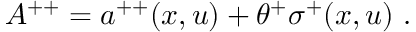
A ^ { + + } = a ^ { + + } ( x , u ) + \theta ^ { + } \sigma ^ { + } ( x , u ) \ .